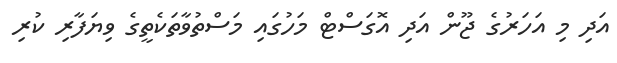
އަދި މި އަހަރުގެ ޖޫން އަދި އޮގަސްޓް މަހުގައި މަސްތުވާތަކެތީގެ ވިޔަފާރި ކުރި